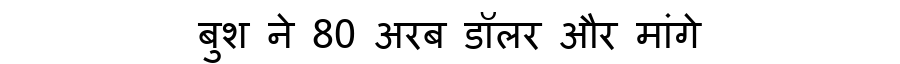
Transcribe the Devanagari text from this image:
बुश ने 80 अरब डॉलर और मांगे